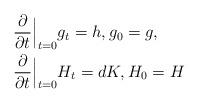
LaTeX: \begin{align*} &\frac{\partial}{\partial t}\Big|_{t=0}g_t =h, g_0=g, \\& \frac{\partial}{\partial t}\Big|_{t=0}H_t =dK, H_0=H\end{align*}